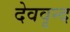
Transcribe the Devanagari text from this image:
देववृन्द